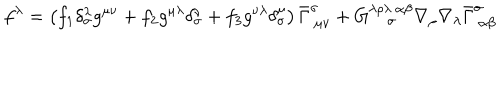
LaTeX: f ^ { \lambda } = \left( f _ { 1 } \delta _ { \sigma } ^ { \lambda } g ^ { \mu \nu } + f _ { 2 } g ^ { \mu \lambda } \delta _ { \sigma } ^ { \nu } + f _ { 3 } g ^ { \nu \lambda } \delta _ { \sigma } ^ { \mu } \right) \bar { \Gamma } _ { ~ \mu \nu } ^ { \sigma } + G _ { ~ \sigma } ^ { \lambda \rho \lambda ~ \alpha \beta } \nabla _ { \rho } \nabla _ { \lambda } \bar { \Gamma } _ { ~ \alpha \beta } ^ { \sigma }